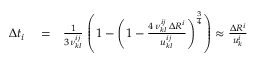
\begin{array} { r l r } { \Delta t _ { i } } & { { } = } & { \frac { 1 } { 3 \nu _ { k l } ^ { i j } } \, \left( 1 - \left( 1 - \frac { 4 \, \nu _ { k l } ^ { i j } \, \Delta R ^ { i } } { u _ { k l } ^ { i j } } \right) ^ { \frac { 3 } { 4 } } \right) \approx \frac { \Delta R ^ { i } } { u _ { k } ^ { i } } } \end{array}